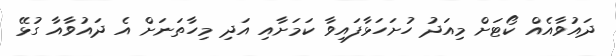
ދައުވާއެއް ކޯޓަށް މިއަދު ހުށަހަޅާފައިވާ ކަމަށާއި އަދި މިހާތަނަށް އެ ދައުވާއާ ގުޅޭ